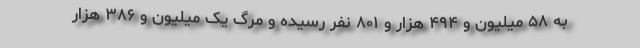
به ۵۸ میلیون و ۴۹۴ هزار و ۸۰۱ نفر رسیده و مرگ یک میلیون و ۳۸۶ هزار